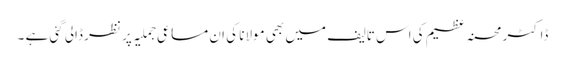
ڈاکٹر محسنہ عظیم کی اس تالیف میں بھی مولانا کی ان مساعی جملیہ پر نظر ڈالی گئی ہے ۔